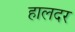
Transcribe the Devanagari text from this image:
हालदर